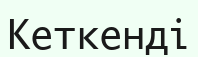
Кеткенді